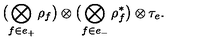
\bigl ( \bigotimes _ { f \in e _ { + } } \rho _ { f } \bigr ) \otimes \bigl ( \bigotimes _ { f \in e _ { - } } \rho _ { f } ^ { \ast } \bigr ) \otimes \tau _ { e } .